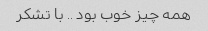
همه چیز خوب بود ‌.. با تشکر